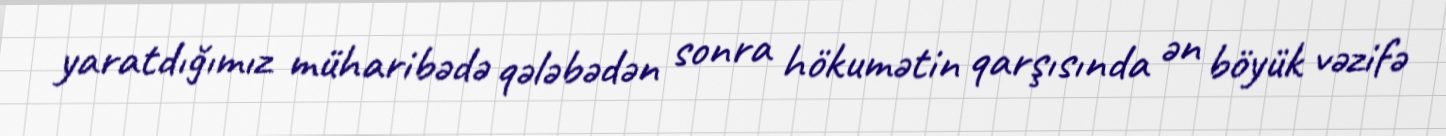
yaratdığımız müharibədə qələbədən sonra hökumətin qarşısında ən böyük vəzifə